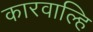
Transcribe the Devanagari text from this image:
कारवाल्हि